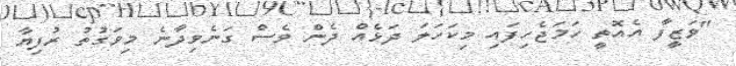
"ވަޒީފާ އެއޮތީ ހަމަޖެހިފައި މިކަހަލަ ދަޅެއް ދެން ވެސް ގަނެވިދާނެ މިވަގުތު ރުފިޔާ